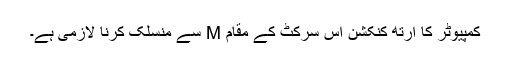
کمپیوٹر کا ارتھ کنکشن اس سرکٹ کے مقام M سے منسلک کرنا لازمی ہے۔